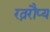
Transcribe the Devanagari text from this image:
रत्नरौप्य